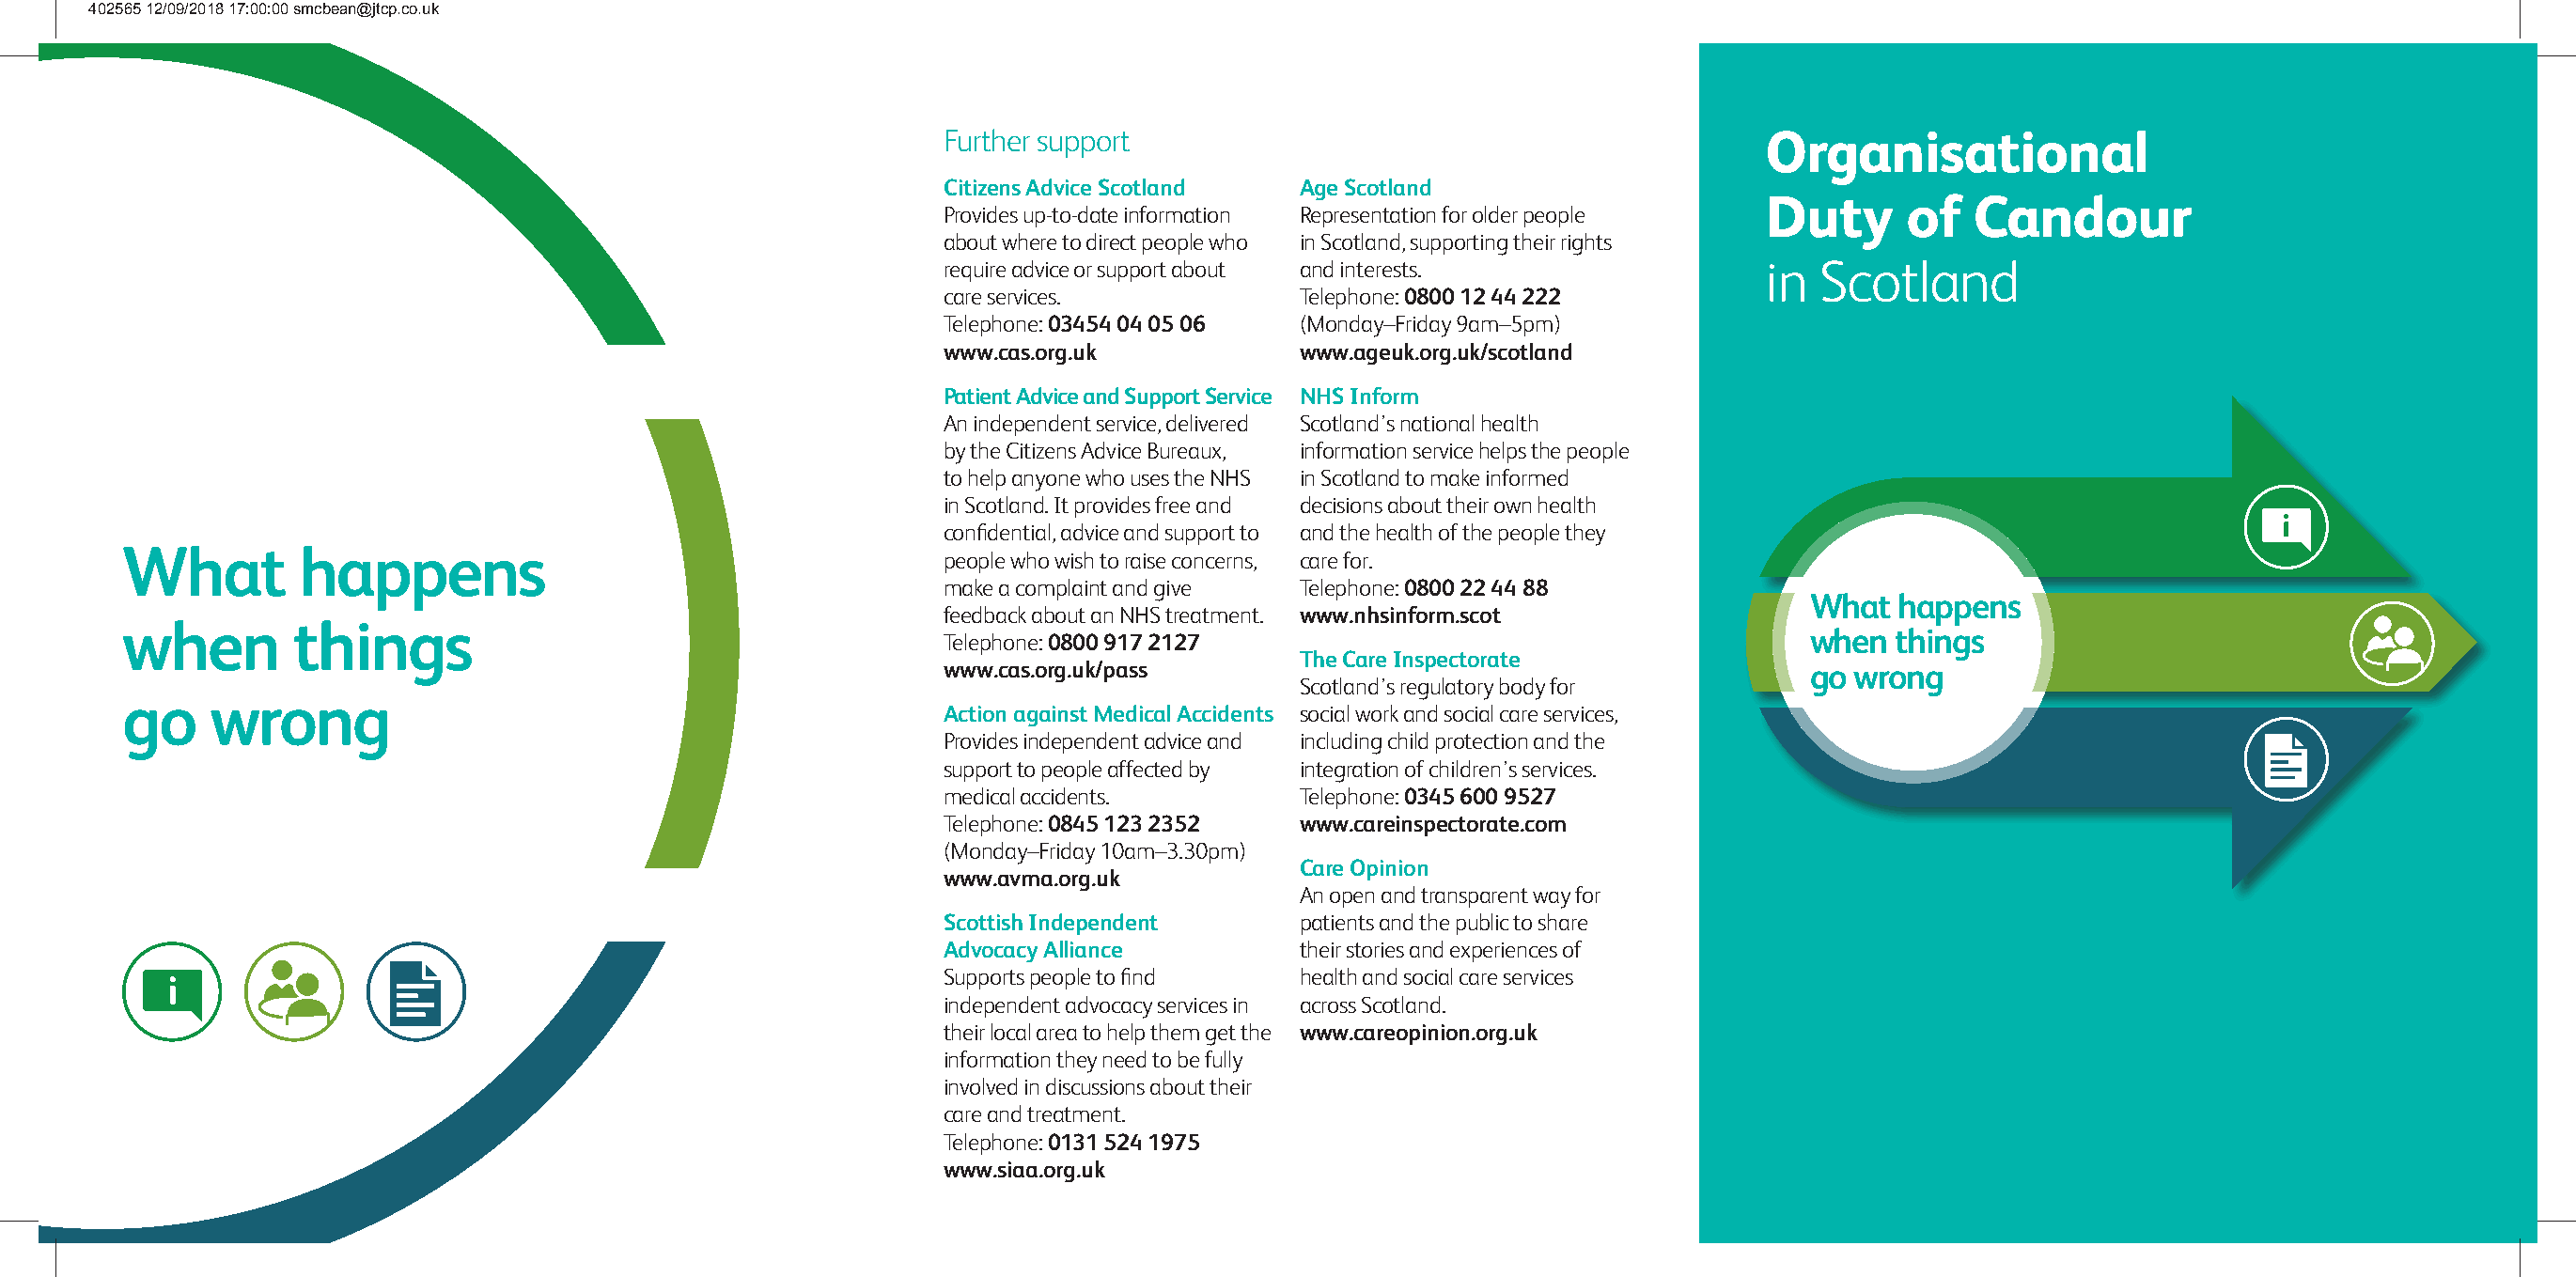
402565 12/09/2018 17:00:00 smcbean@jtcp.co.uk
 Further support                                           Organisational
 Citizens Advice Scotland  Age Scotland
 Duty      of   Candour
 Provides up-to-date information Representation for older people
 about where to direct people who in Scotland, supporting their rights
 require advice or support about and interests.            in  Scotland
 care services.            Telephone: 0800 12 44 222
 Telephone: 03454 04 05 06 (Monday–Friday 9am–5pm)
 www.cas.org.uk            www.ageuk.org.uk/scotland
 Patient Advice and Support Service NHS Inform
 An independent service, delivered Scotland’s national health
 by the Citizens Advice Bureaux, information service helps the people
 to help anyone who uses the NHS in Scotland to make informed
 in Scotland. It provides free and decisions about their own health
 confidential, advice and support to and the health of the people they
 What        happens
 people who wish to raise concerns, care for.
 make a complaint and give Telephone: 0800 22 44 88
 What   happens
 feedback about an NHS treatment. www.nhsinform.scot
 when        things
 Telephone: 0800 917 2127                                     when  things
 The Care Inspectorate
 www.cas.org.uk/pass                                          go  wrong
 Scotland’s regulatory body for
 go    wrong
 Action against Medical Accidents social work and social care services,
 Provides independent advice and including child protection and the
 support to people affected by integration of children’s services.
 medical accidents.        Telephone: 0345 600 9527
 Telephone: 0845 123 2352  www.careinspectorate.com
 (Monday–Friday 10am–3.30pm)
 Care Opinion
 www.avma.org.uk
 An open and transparent way for
 Scottish Independent      patients and the public to share
 Advocacy Alliance         their stories and experiences of
 Supports people to find   health and social care services
 independent advocacy services in across Scotland.
 their local area to help them get the www.careopinion.org.uk
 information they need to be fully
 involved in discussions about their
 care and treatment.
 Telephone: 0131 524 1975
 www.siaa.org.uk